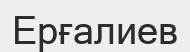
Ерғалиев